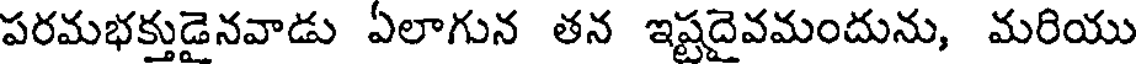
పరమభక్తుడైనవాడు ఏలాగున తన ఇష్టదైవమందును, మరియు